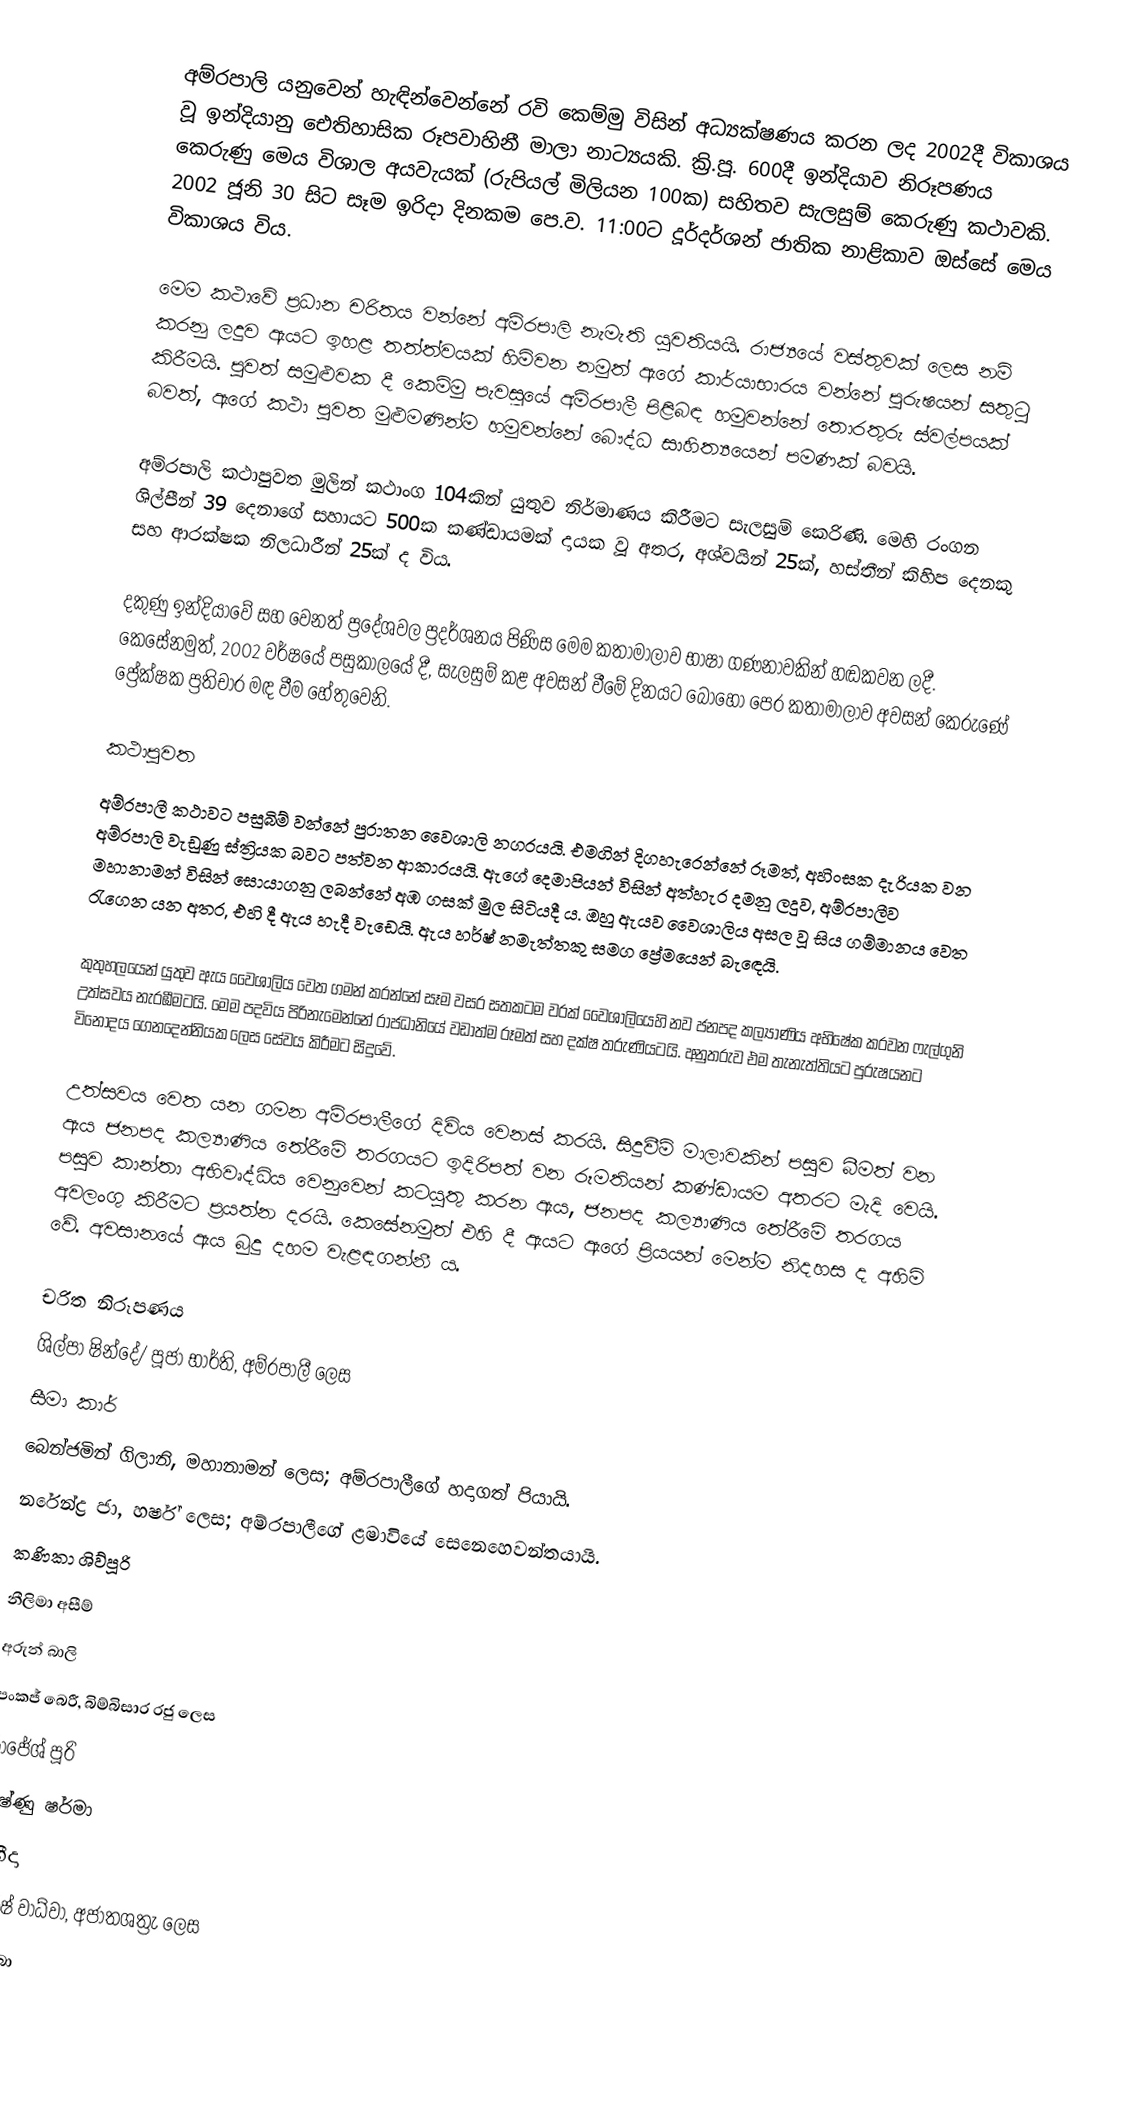
අම්රපාලි යනුවෙන් හැඳින්වෙන්නේ රවි කෙම්මු විසින් අධ්‍යක්ෂණය කරන ලද 2002දී විකාශය වූ ඉන්දියානු ඓතිහාසික රූපවාහිනී මාලා නාට්‍යයකි.  ක්‍රි.පූ. 600දී ඉන්දියාව නිරූපණය කෙරුණු මෙය විශාල අයවැයක් (රුපියල් මිලියන 100ක) සහිතව සැලසුම් කෙරුණු කථාවකි. 2002 ජූනි 30 සිට සෑම ඉරිදා දිනකම පෙ.ව. 11:00ට දූර්දර්ශන් ජාතික නාළිකාව ඔස්සේ මෙය විකාශය විය.

මෙම කථාවේ ප්‍රධාන චරිතය වන්නේ අම්රපාලි නැමැති යුවතියයි. රාජ්‍යයේ වස්තුවක් ලෙස නම් කරනු ලදුව ඇයට ඉහළ තත්ත්වයක් හිමිවන නමුත් ඇගේ කාර්යාභාරය වන්නේ පුරුෂයන් සතුටු කිරීමයි.  පුවත් සමුළුවක දී කෙම්මු පැවසූයේ අම්රපාලී පිළිබඳ හමුවන්නේ තොරතුරු ස්වල්පයක් බවත්, ඇගේ කථා පුවත මුළුමණින්ම හමුවන්නේ බෞද්ධ සාහිත්‍යයෙන් පමණක් බවයි.

අම්රපාලි කථාපුවත මුලින් කථාංග 104කින් යුතුව නිර්මාණය කිරීමට සැලසුම් කෙරිණි. මෙහි රංගන ශිල්පීන් 39 දෙනාගේ සහායට 500ක කණ්ඩායමක් දායක වූ අතර, අශ්වයින් 25ක්, හස්තීන් කිහිප දෙනකු සහ ආරක්ෂක නිලධාරීන් 25ක් ද විය.

දකුණු ඉන්දියාවේ සහ වෙනත් ප්‍රදේශවල ප්‍රදර්ශනය පිණිස මෙම කතාමාලාව භාෂා ගණනාවකින් හඬකවන ලදී. කෙසේනමුත්, 2002 වර්ෂයේ පසුකාලයේ දී, සැලසුම් කළ අවසන් වීමේ දිනයට බොහෝ පෙර කතාමාලාව අවසන් කෙරුණේ ප්‍රේක්ෂක ප්‍රතිචාර මඳ වීම හේතුවෙනි.

කථාපුවත
අම්රපාලී කථාවට පසුබිම් වන්නේ පුරාතන වෛශාලි නගරයයි. එමගින් දිගහැරෙන්නේ රූමත්, අහිංසක දැරියක වන අම්රපාලි වැඩුණු ස්ත්‍රියක බවට පත්වන ආකාරයයි. ඇගේ දෙමාපියන් විසින් අත්හැර දමනු ලදුව, අම්රපාලීව මහානාමන් විසින් සොයාගනු ලබන්නේ අඹ ගසක් මුල සිටියදී ය. ඔහු ඇයව වෛශාලිය අසල වූ සිය ගම්මානය වෙත රැගෙන යන අතර, එහි දී ඇය හැදී වැඩෙයි. ඇය හර්ෂ් නමැත්තකු සමග ප්‍රේමයෙන් බැ‍ඳෙයි.

කුතුහලයෙන් යුතුව ඇය වෛශාලිය වෙත ගමන් කරන්නේ සෑම වසර සතකටම වරක් වෛශාලියෙහි නව ජනපද කල්‍යාණිය අභිෂේක කරවන ෆැල්ගුනි උත්සවය නැරඹීමටයි. මෙම පදවිය පිරිනැමෙන්නේ රාජධානියේ වඩාත්ම රූමත් සහ දක්ෂ තරුණියටයි. අනුතරුව එම තැනැත්තියට පුරුෂයනට විනෝදය ගෙනදෙන්නියක ලෙස සේවය කිරීමට සිදුවේ.

උත්සවය වෙත යන ගමන අම්රපාලීගේ දිවිය වෙනස් කරයි. සිදුවීම් මාලාවකින් පසුව බීමත් වන ඇය ජනපද කල්‍යාණිය තේරීමේ තරගයට ඉදිරිපත් වන රූමතියන් කණ්ඩායම අතරට මැදි වෙයි. පසුව කාන්තා අභිවෘද්ධිය වෙනුවෙන් කටයුතු කරන ඇය, ජනපද කල්‍යාණිය තේරීමේ තරගය අවලංගු කිරීමට ප්‍රයත්න දරයි. කෙසේනමුත් එහි දී ඇයට ඇගේ ප්‍රියයන් මෙන්ම නිදහස ද අහිමි වේ. අවසානයේ ඇය බුදු දහම වැළඳගන්නී ය.

චරිත නිරූපණය
 ශිල්පා ෂින්දේ/ පූජා භාර්ති, අම්රපාලී ලෙස
 සීමා කාර්
 බෙන්ජමින් ගිලානි, මහානාමන් ලෙස; අම්රපාලීගේ හදාගත් පියායි.
 නරේන්ද්‍ර ජා, හර්ෂ් ලෙස; අම්රපාලීගේ ළමාවියේ සෙනෙහෙවන්තයායි.
 කණිකා ශිව්පූරි
 නීලිමා අසීම්
 අරුන් බාලි
 පංකජ් බෙරී, බිම්බිසාර රජු ලෙස
 රාජේශ් පූරි
 විෂ්ණු ෂර්මා
 ෂහීදා
 මනිෂ් වාධ්වා, අජාතශත්‍රැ ලෙස
 ෂාහ්බා